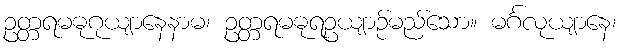
ဥတ္တရမဓုဂုယျာနေနာမ၊ ဥတ္တရမဓုရဥယျာဉ်မည်သော။ မင်္ဂလုယျာနေ၊